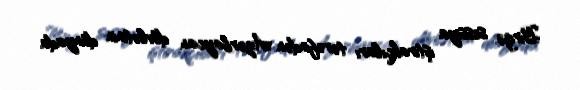
Birgə sessiya iştirakçıları tərəfindən Azərbaycan dövlətinin dünyada